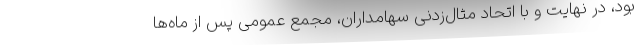
بود، در نهایت و با اتحاد مثال‌زدنی سهامداران، مجمع عمومی پس از ماه‌ها